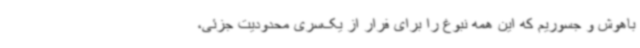
باهوش و جسوریم که این همه نبوغ را برای فرار از یک‌سری محدودیت جزئی،